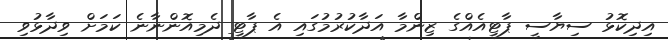
އިދިކޮޅު ސިޔާސީ ޕާޓީއެއްގެ ޒިންމާ އަދާކުރުމުގައި އެ ޕާޓީ ދެމިއޮންނާނެ ކަމަށް ވިދާޅުވި